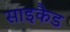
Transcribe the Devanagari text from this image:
साइकैड